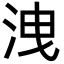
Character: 洩